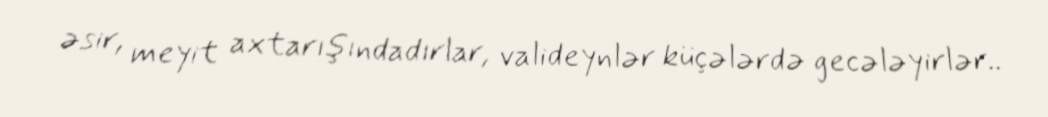
əsir, meyit axtarışındadırlar, valideynlər küçələrdə gecələyirlər..